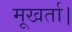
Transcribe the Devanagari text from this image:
मूखर्ता।